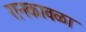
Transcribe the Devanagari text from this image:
रानकावळा